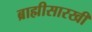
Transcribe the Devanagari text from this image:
ब्राह्मीसारखी